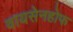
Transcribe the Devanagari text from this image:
वायसेनहोफ